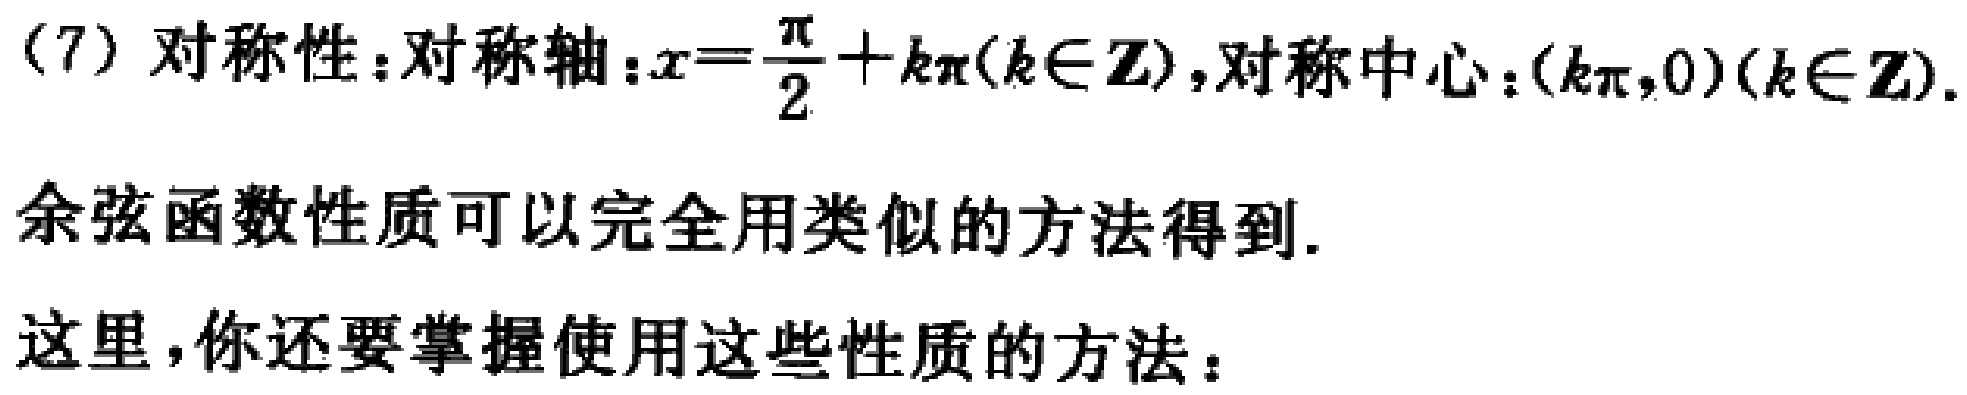
(7) 对称性：对称轴：\(x = \frac{\pi}{2}+k\pi(k\in\mathbb{Z})\)，对称中心：\((k\pi,0)(k\in\mathbb{Z})\).

余弦函数性质可以完全用类似的方法得到.

这里，你还要掌握使用这些性质的方法：